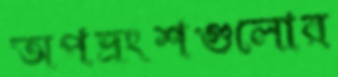
অপভ্রংশগুলোর